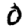
Digit: 0